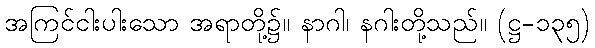
အကြင်ငါးပါးသော အရာတို့၌။ နာဂါ၊ နဂါးတို့သည်။ (ဋ္ဌ-၁၃၅)